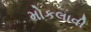
મોકલાવી